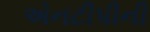
એનટીપીની